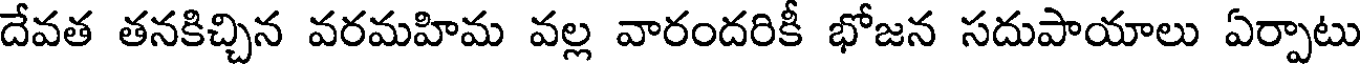
దేవత తనకిచ్చిన వరమహిమ వల్ల వారందరికీ భోజన సదుపాయాలు ఏర్పాటు